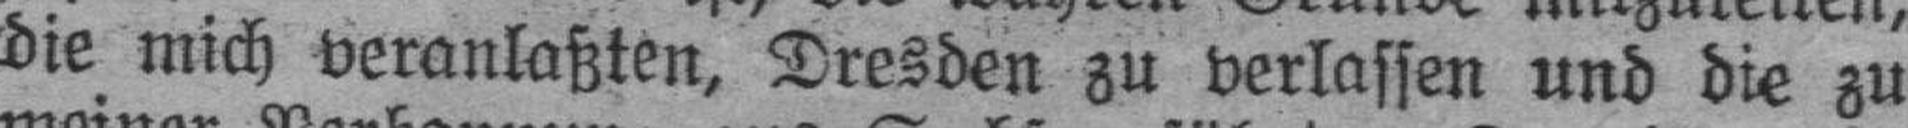
die mich veranlaßten, Dresden zu verlassen und die zu